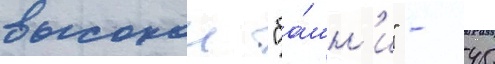
высокои "ба́шн'и" - 45